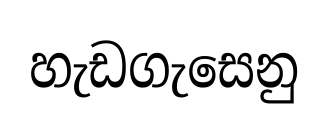
හැඩගැසෙනු